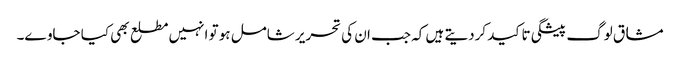
مشاق لوگ پیشگی تاکید کردیتے ہیں کہ جب ان کی تحریر شامل ہو تو انہیں مطلع بھی کیا جاوے۔